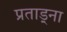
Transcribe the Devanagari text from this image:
प्रताड़्ना